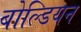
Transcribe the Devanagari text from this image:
बोल्डियन